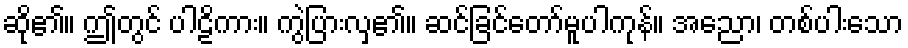
ဆို၏။ ဤတွင် ပါဠိကား။ ကွဲပြားလှ၏။ ဆင်ခြင်တော်မူပါကုန်။ အညော၊ တစ်ပါးသော